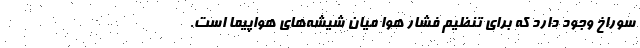
سوراخ وجود دارد که برای تنظیم فشار هوا میان شیشه‌های هواپیما است.